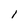
Character: 1